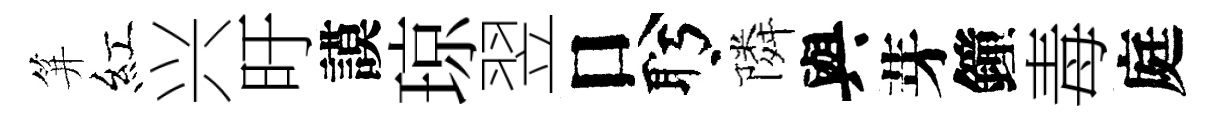
笄紅兴旴謨琼翌口盻隣與芽鐘毒庭